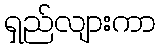
ရှည်လျားကာ